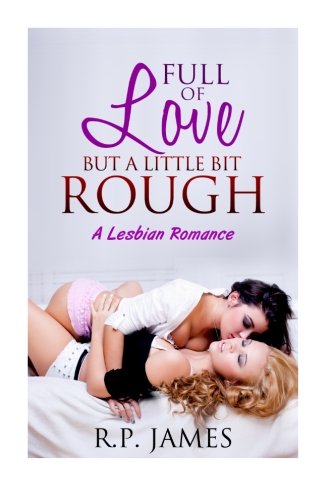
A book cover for Full Of Love But A Little Bit Rough- A Lesbian Romance (Lesbian Romance, LGBT, threesome, menage, bbw, new adult, college, contemporary, dating, sport, holiday) dating, valentine, sport, holiday); R.P. James; Romance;